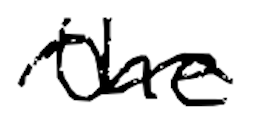
Text: the
Cross-out: wave
Writing tool: digital_black